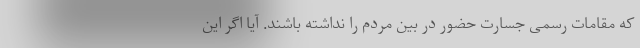
که مقامات رسمی جسارت حضور در بین مردم را نداشته باشند. آیا اگر این